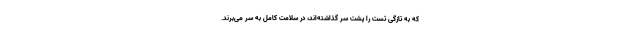
که به تازگی تست را پشت سر گذاشته‌اند، در سلامت کامل به سر می‌برند.